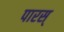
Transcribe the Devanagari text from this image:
पारस्